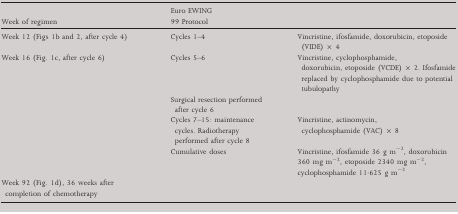
<table><thead><tr><td><b>Week of regimen</b></td><td colspan="2"><b>Euro EWING 99 Protocol</b></td></tr></thead><tbody><tr><td>Week 12 (Figs 1b and 2, after cycle 4)</td><td>Cycles 1–4</td><td>Vincristine, ifosfamide, doxorubicin, etoposide (VIDE) × 4</td></tr><tr><td>Week 16 (Fig. 1c, after cycle 6)</td><td>Cycles 5–6</td><td>Vincristine, cyclophosphamide, doxorubicin, etoposide (VCDE) × 2. Ifosfamide replaced by cyclophosphamide due to potential tubulopathy</td></tr><tr><td></td><td colspan="2">Surgical resection performed after cycle 6</td></tr><tr><td></td><td>Cycles 7–15: maintenance cycles. Radiotherapy performed after cycle 8</td><td>Vincristine, actinomycin, cyclophosphamide (VAC) × 8</td></tr><tr><td></td><td>Cumulative doses</td><td>Vincristine, ifosfamide 36 g m<sup>−2</sup>, doxorubicin 360 mg m<sup>−2</sup>, etoposide 2340 mg m<sup>−2</sup>, cyclophosphamide 11·625 g m<sup>−2</sup></td></tr><tr><td>Week 92 (Fig. 1d), 36 weeks after completion of chemotherapy</td><td></td><td></td></tr></tbody></table>